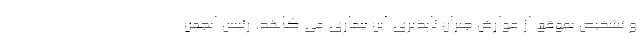
و تشخیص بموقع از عوارض جبران ناپذیری این بیماری می کاهد. رئیس انجمن